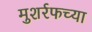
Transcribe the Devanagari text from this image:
मुशर्रफच्या